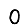
Digit: 0